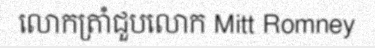
លោកត្រាំជួបលោក Mitt Romney